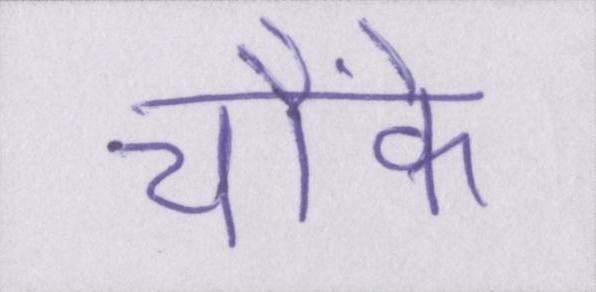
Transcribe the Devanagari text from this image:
चौंके